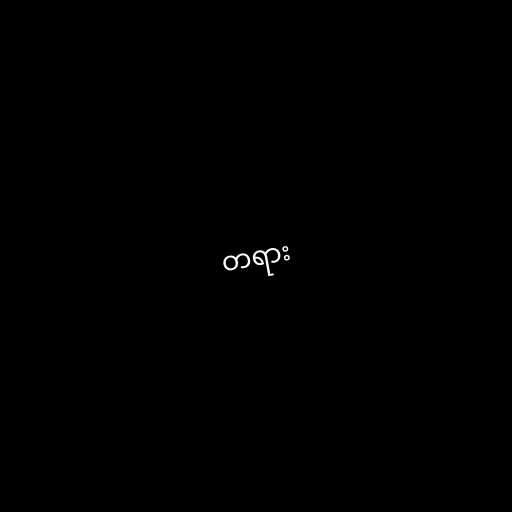
တရား